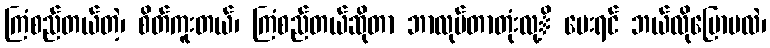
ကြံစည်တယ်တဲ့၊ စိတ်ကူးတယ်၊ ကြံစည်တယ်ဆိုတာ ဘာလုပ်တာတုံးလု့ိ မေးရင် ဘယ်လိုပြောမလဲ၊